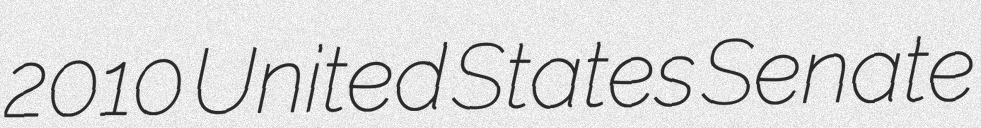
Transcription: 2010 United States Senate